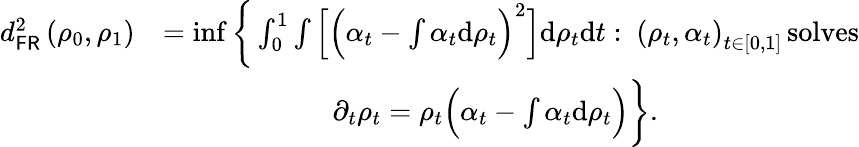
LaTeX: \begin{array}{rl}{d_{\mathsf{FR}}^{2}\left(\rho_{0},\rho_{1}\right)}&{=\operatorname*{inf}\bigg\{ \int_{0}^{1}\int\Big[\Big(\alpha_{t}-\int\alpha_{t}\mathrm{d}\rho_{t}\Big)^{2}\Big]\mathrm{d}\rho_{t}\mathrm{d}t:~\left(\rho_{t},\alpha_{t}\right)_{t\in[0,1]}\, \mathrm{solves}}\\ &{\qquad\qquad\qquad\partial_{t}\rho_{t}=\rho_{t}\Big(\alpha_{t}-\int\alpha_{t}\mathrm{d}\rho_{t}\Big)\bigg\} .}\end{array}